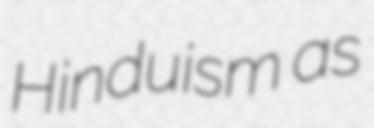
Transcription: Hinduism as